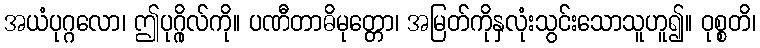
အယံပုဂ္ဂလော၊ ဤပုဂ္ဂိုလ်ကို။ ပဏီတာဓိမုတ္တော၊ အမြတ်ကိုနှလုံးသွင်းသောသူဟူ၍။ ဝုစ္စတိ၊